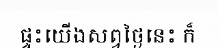
ផ្ទះយើងសព្វថ្ងៃនេះ ក៏